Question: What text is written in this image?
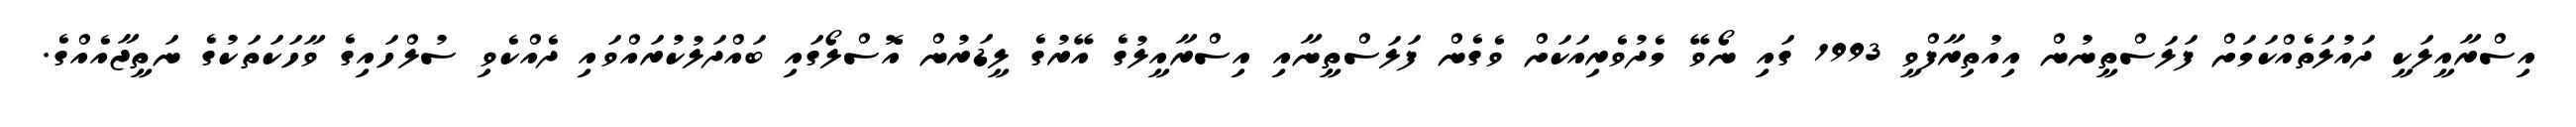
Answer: އިސްރާއީލަކީ ދައުލަތެއްކަމަށް ފަލަސްތީނުން އިއުތިރާފްވީ 1993 ގައި ނޯވޭ މެދުވެރިއަކަށް ވެގެން ފަލަސްތީނާއި އިސްރާއީލުގެ އޭރުގެ ލީޑަރުން އޮސްލޯގައި ބައްދަލުކުރައްވައި ދެއްކެވި ސުލްހައިގެ ވާހަކަތަކުގެ ނަތީޖާއެއްގެ.